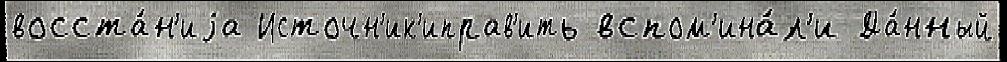
восста́н'иjа Источн'ик'иправ'ить вспом'ина́л'и Да́нный